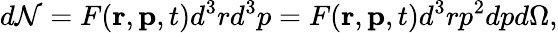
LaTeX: d{\cal N}=F(\mathbf{r},\mathbf{p},t)d^{3}rd^{3}p=F(\mathbf{r},\mathbf{p},t)d^{3}rp^{2}dpd\Omega,